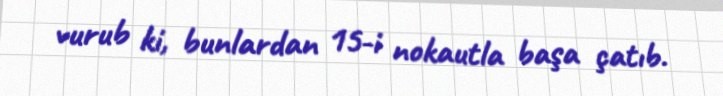
vurub ki, bunlardan 15-i nokautla başa çatıb.